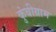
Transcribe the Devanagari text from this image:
कुंबीग्राम